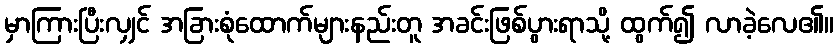
မှာကြားပြီးလျှင် အခြားစုံထောက်များနည်းတူ အခင်းဖြစ်ပွားရာသို့ ထွက်၍ လာခဲ့လေ၏။